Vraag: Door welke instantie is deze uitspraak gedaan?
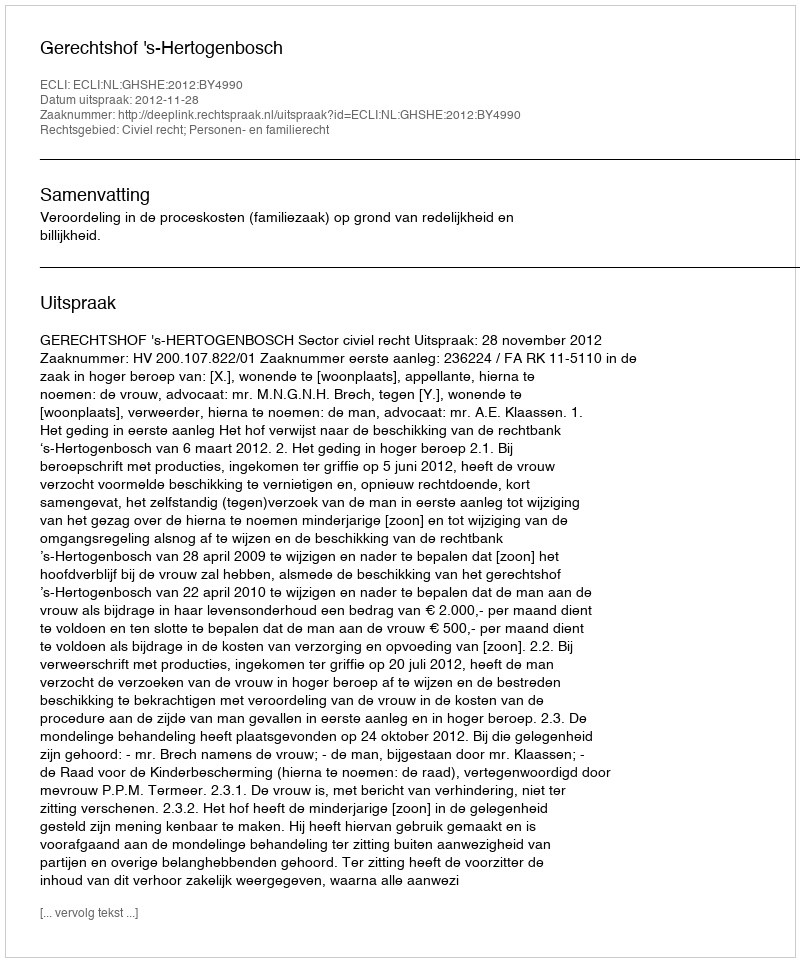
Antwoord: Gerechtshof 's-Hertogenbosch